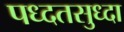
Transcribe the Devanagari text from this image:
पध्दतसुध्दा